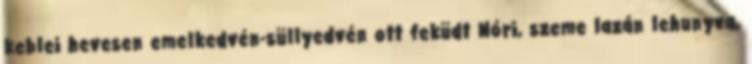
keblei hevesen emelkedvén-süllyedvén ott feküdt Nóri, szeme lazán lehunyva,